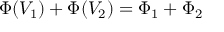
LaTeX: \Phi ( V _ { \mathrm { 1 } } ) + \Phi ( V _ { \mathrm { 2 } } ) = \Phi _ { \mathrm { 1 } } + \Phi _ { \mathrm { 2 } }